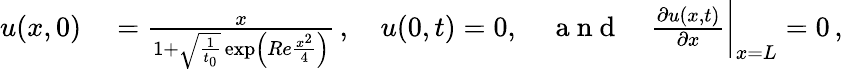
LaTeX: \begin{array}{rl}{u(x,0)}&{{}=\frac{x}{1+\sqrt{\frac{1}{t_{0}}}\exp\left(Re\frac{x^{2}}{4}\right)}\, ,\quad u(0,t)=0,\quad\mathrm{~a~n~d~}\quad\frac{\partial u(x,t)}{\partial x}\bigg|_{x=L}=0\, ,}\end{array}